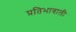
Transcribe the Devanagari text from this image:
प्रतिभावाली